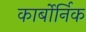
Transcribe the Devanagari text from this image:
कार्बोर्निक